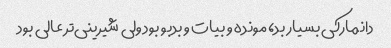
دانمارکی بسیار بد، مونده و بیات و بدبو بود ولی شیرینی‌تر عالی بود